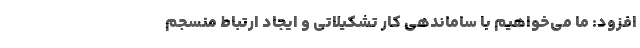
افزود: ما می‌خواهیم با ساماندهی کار تشکیلاتی و ایجاد ارتباط منسجم